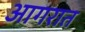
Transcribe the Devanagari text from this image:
आगरात